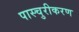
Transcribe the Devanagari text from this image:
पास्चुरीकरण